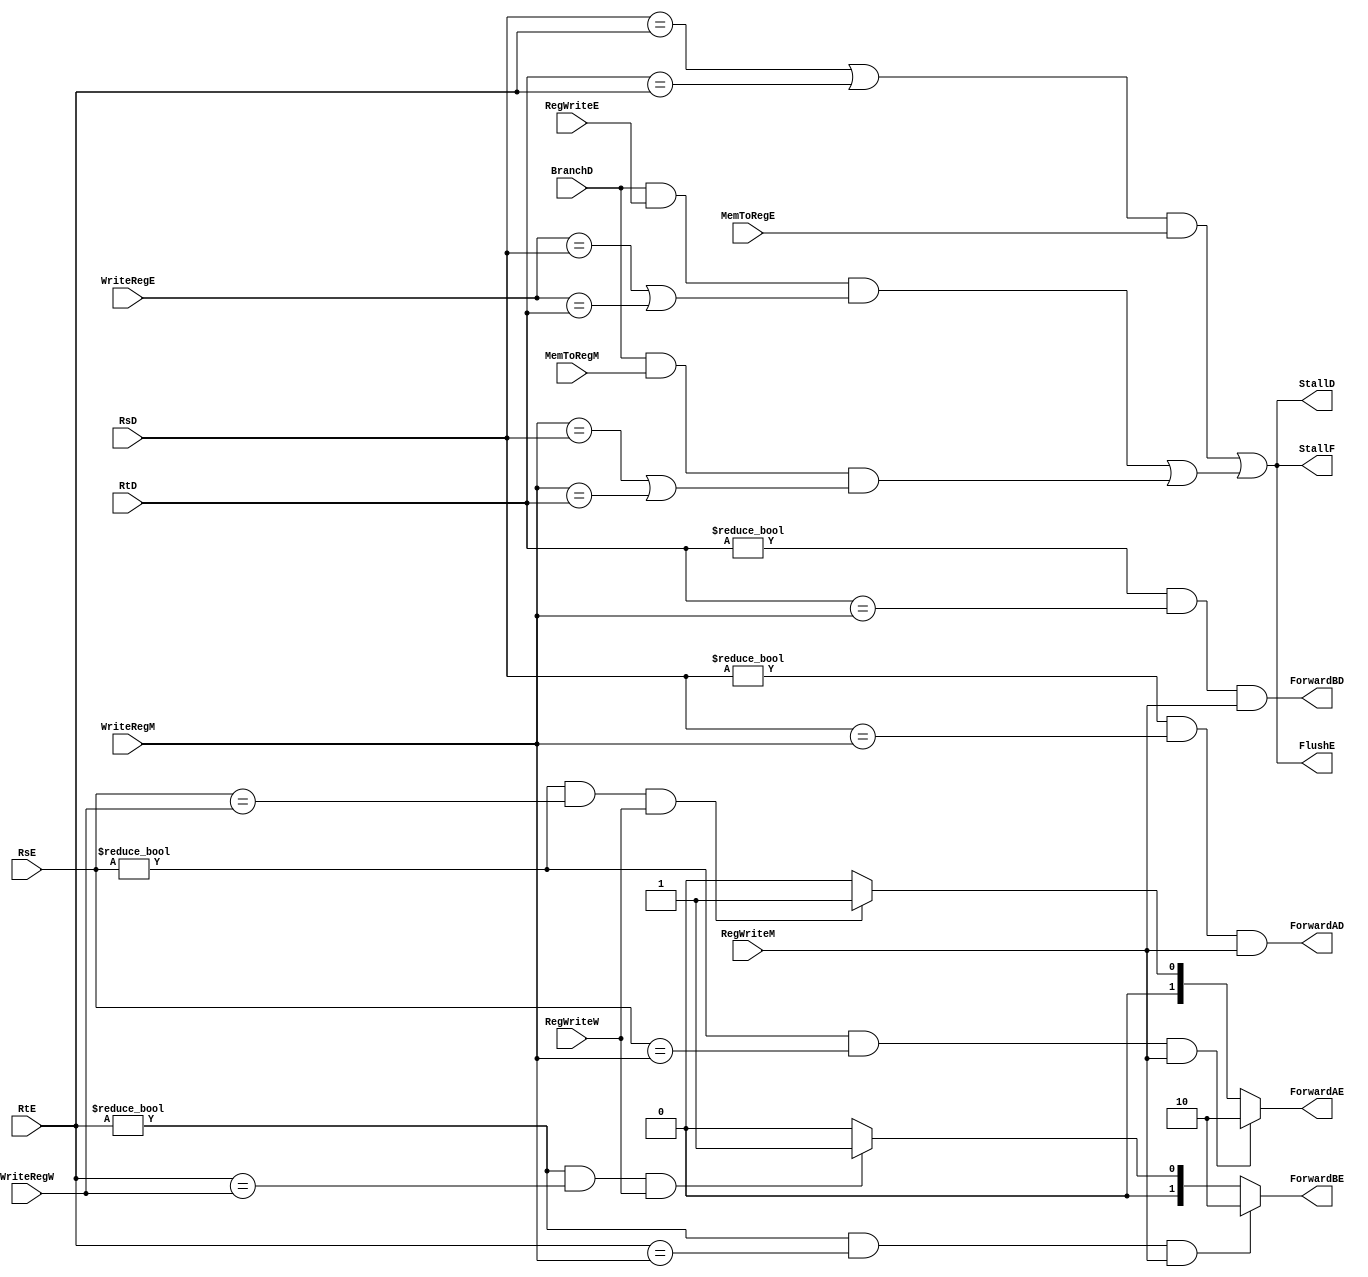
module HazardUnit (
    input BranchD,
    input [4:0] RsD, RtD,
    input [4:0] RsE, RtE,
    input [4:0] WriteRegE,
    input RegWriteE, MemToRegE,
    input [4:0] WriteRegM,
    input RegWriteM, MemToRegM,
    input [4:0] WriteRegW,
    input RegWriteW,

    output StallD, StallF,
    output ForwardAD, ForwardBD,
    output reg [1:0] ForwardAE, ForwardBE,
    output FlushE
);

    wire lwStall, branchStall;

    // SrcA
    always @(*) begin
        if (((RsE != 0) && (RsE == WriteRegM)) && RegWriteM) begin
            ForwardAE = 2'b10;
        end else if (((RsE != 0) && (RsE == WriteRegW)) && RegWriteW) begin
            ForwardAE = 2'b01;
        end else begin
            ForwardAE = 2'b00;
        end
    end

    // SrcB
    always @(*) begin
        if (((RtE != 0) && (RtE == WriteRegM)) && RegWriteM) begin
            ForwardBE = 2'b10;
        end else if (((RtE != 0) && (RtE == WriteRegW)) && RegWriteW) begin
            ForwardBE = 2'b01;
        end else begin
            ForwardBE = 2'b00;
        end
    end

    // check stall
    assign lwStall = ((RsD == RtE) || (RtD == RtE)) && MemToRegE;


    // check branch forward
    assign ForwardAD = (RsD != 0) && (RsD == WriteRegM) && RegWriteM;
    assign ForwardBD = (RtD != 0) && (RtD == WriteRegM) && RegWriteM;

    // check branch stall
    assign branchStall = (BranchD && RegWriteE && (WriteRegE == RsD || WriteRegE == RtD)) || (BranchD && MemToRegM && (WriteRegM == RsD || WriteRegM == RtD));

    assign StallF = lwStall || branchStall;
    assign FlushE = lwStall || branchStall;
    assign StallD = lwStall || branchStall;


endmodule